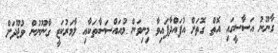
ގާނޫނު އަސާސީގައި އޮތް ގޮތަށް އުފައްދާފައިވާ މިނިވަން މުއައްސަސާތަކާއި ލާމަރުކަޒީ ގާނޫނުން ވުޖޫދަށް